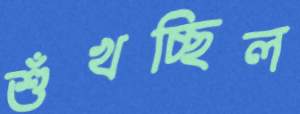
শুঁখচ্ছিল